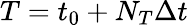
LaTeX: T=t_{0}+N_{T}\Delta t